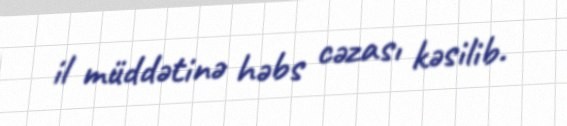
il müddətinə həbs cəzası kəsilib.